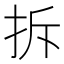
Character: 拆